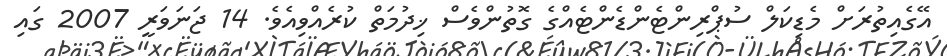
އޭގެއިތުރަށް މެޑިކަލް ސުޕްރިންޓެންޑެންޓެއްގެ ގޮތުންވެސް ޚިދުމަތް ކުރެއްވިއެވެ. 14 ޖަނަވަރީ 2007 ގައި